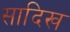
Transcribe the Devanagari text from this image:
सादिख